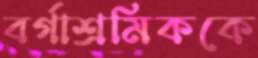
বর্গাশ্রমিককে